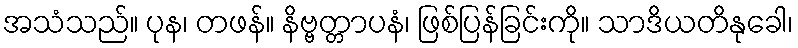
အသံသည်။ ပုန၊ တဖန်။ နိဗ္ဗတ္တာပနံ၊ ဖြစ်ပြန်ခြင်းကို။ သာဒိယတိနုခေါ၊